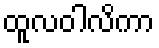
ထူလဝါလိကာ